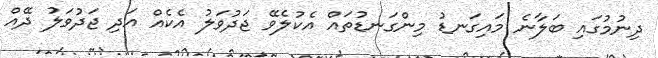
ދިނުމުގައި ބަލާނެ މައިގަނޑު މިންގަނޑުތައް އެކުލެވޭ ޖަދުވަލު އެކެއް އަދި ޖަދުވަލު ދޭއް